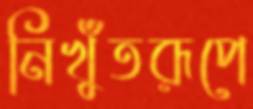
নিখুঁতরূপে